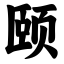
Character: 颐